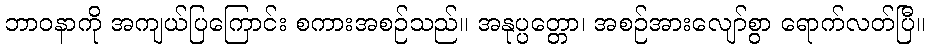
ဘာဝနာကို အကျယ်ပြကြောင်း စကားအစဉ်သည်။ အနုပ္ပတ္တော၊ အစဉ်အားလျော်စွာ ရောက်လတ်ပြီ။